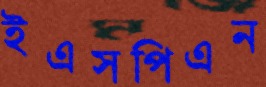
ইএসপিএন